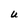
Character: U